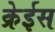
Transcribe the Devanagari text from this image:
क्रेईस